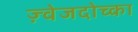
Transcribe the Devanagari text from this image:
ज़्वेजदोच्का